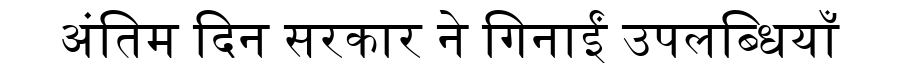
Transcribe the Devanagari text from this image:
अंतिम दिन सरकार ने गिनाईं उपलब्धियाँ